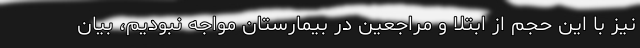
نیز با این حجم از ابتلا و مراجعین در بیمارستان مواجه نبودیم، بیان